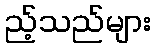
ည့်သည်များ